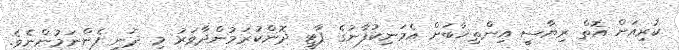
ކުރިއަށް އޮތް ރިޔާސީ އިންތިޚާބަށް އެމަނިކުފާނުގެ ޕާޓީ ދޮންކުރަމުންދާވަރު މި ދަނީ ފެންނަމުންނެވެ.